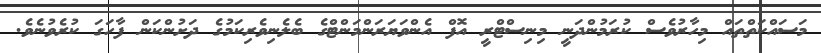
މަސައްކަތްތައް މިހާރުވެސް ކުރަމުންދަނީ މިނިސްޓްރީ އޮފް އެންވަޔަރަންމަންޓްގެ ބެލެނިވެރިކަމުގެ ދަށުންކަން ފާހަގަ ކުރެވުނެވެ.